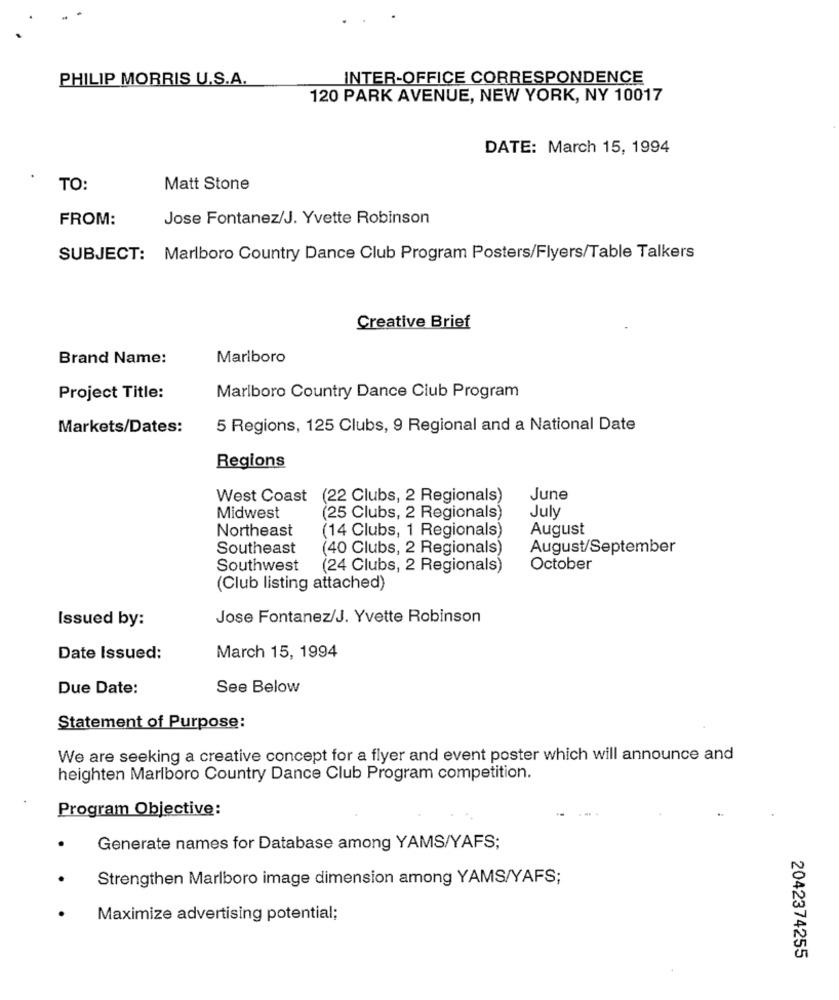
PHILIP MORRIS U.S.A.
INTER-OFFICE CORRESPONDENCE
120 PARK AVENUE, NEW YORK, NY 10017
DATE: March 15, 1994
TO:
Matt Stone
FROM:
Jose Fontanez/J. Yvette Robinson
SUBJECT: Marlboro Country Dance Club Program Posters/Flyers/Table Talkers
Creative Brief
Brand Name:
Marlboro
Project Title:
Marlboro Country Dance Club Program
Markets/Dates:
5 Regions, 125 Clubs, 9 Regional and a National Date
Regions
West Coast (22 Clubs, 2 Regionals)
June
Midwest
(25 Clubs, 2 Regionals)
July
Northeast
(14 Clubs, 1 Regionals)
August
Southeast
(40 Clubs, 2 Regionals)
August/September
Southwest
(24 Clubs, 2 Regionals)
October
(Club listing attached)
Issued by:
Jose Fontanez/J. Yvette Robinson
Date Issued:
March 15, 1994
Due Date:
See Below
Statement of Purpose:
We are seeking a creative concept for a flyer and event poster which will announce and
heighten Marlboro Country Dance Club Program competition.
Program Objective:
Generate names for Database among YAMS/YAFS;
Strengthen Marlboro image dimension among YAMS/YAFS;
Maximize advertising potential;
2042374255